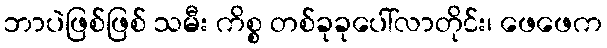
ဘာပဲဖြစ်ဖြစ် သမီး ကိစ္စ တစ်ခုခုပေါ်လာတိုင်း၊ ဖေဖေက